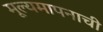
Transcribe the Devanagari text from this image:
मूल्यमापनाची